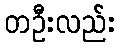
တဦးလည်း